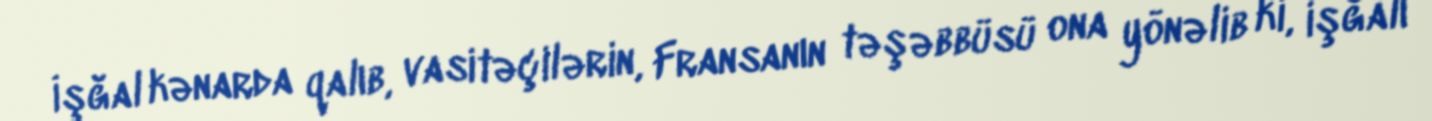
İşğal kənarda qalıb, vasitəçilərin, Fransanın təşəbbüsü ona yönəlib ki, işğalı